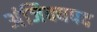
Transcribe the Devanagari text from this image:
अंजिक्यपद